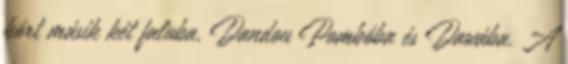
kórt másik két faluba, Dandou Pombóba és Dawába. A